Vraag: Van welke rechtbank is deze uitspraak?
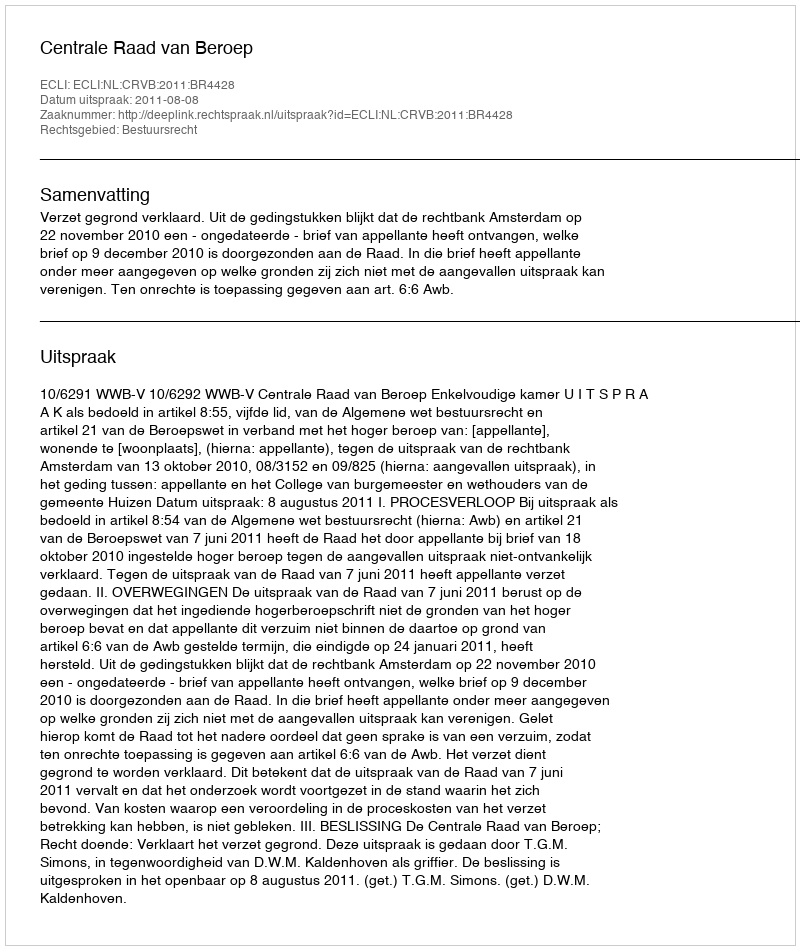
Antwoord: Centrale Raad van Beroep